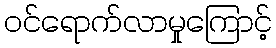
ဝင်ရောက်လာမှုကြောင့်